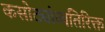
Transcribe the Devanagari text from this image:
कसोट्यांव्यतिरिक्त